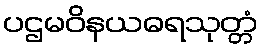
ပဌမဝိနယဓရသုတ္တံ